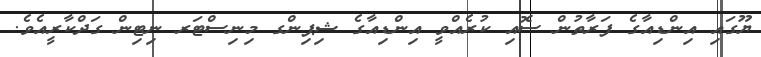
ޔޫގައި އިންޑިއާގެ ފަރާތުން ސޮއި ކުރެއްވީ އިންޑިއާގެ ޝިޕިންގ މިނިސްޓަރ ނިޓިން ގަދްކާރީއެވެ.